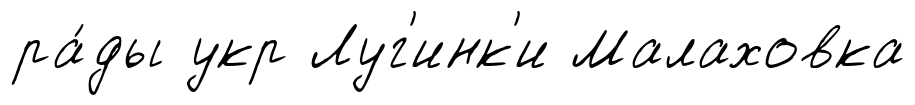
ра́ды укр Луг'инк'и Малаховка